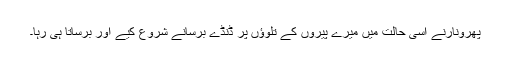
پھرونارنے اسی حالت میں میرے پیروں کے تلوﺅں پر ڈنڈے برسانے شروع کیے اور برساتا ہی رہا۔